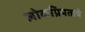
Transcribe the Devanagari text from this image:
लोकप्रियताचे